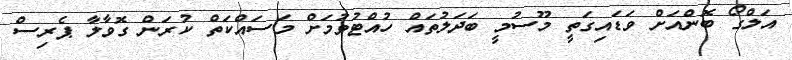
އަލްގޯ ބޮންއަށް ވަޑައިގަތީ މޫސުމީ ބަދަލުތައް ހުއްޓުވުމަށް މަސައްކަތް ކުރަން ގޮވާލާ ޕެރިސް